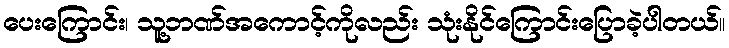
ပေးကြောင်း၊ သူ့ဘဏ်အကောင့်ကိုလည်း သုံးနိုင်ကြောင်းပြောခဲ့ပါတယ်။